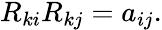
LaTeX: \begin{array}{r}{R_{ki}R_{kj}=a_{ij}.}\end{array}